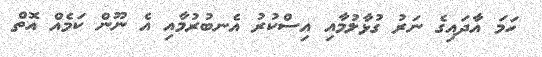
ހަމަ އާދައިގެ ނަރު ގުޅާލުމާއި އިސްކުރު އެނބުރުމާއި އެ ނޫން ކަމެއް އޮތް